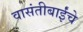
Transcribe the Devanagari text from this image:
वासंतीबाईंचे